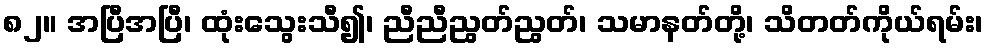
၈၂။ အပြီအပြီ၊ ထုံးသွေးသီ၍၊ ညီညီညွတ်ညွတ်၊ သမာနတ်တို့၊ သိတတ်ကိုယ်ရမ်း၊